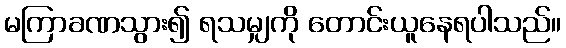
မကြာခဏသွား၍ ရသမျှကို တောင်းယူနေရပါသည်။